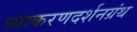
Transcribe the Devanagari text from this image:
व्याकरणदर्शनग्रंथ